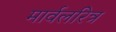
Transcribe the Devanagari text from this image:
मार्वलरित्र